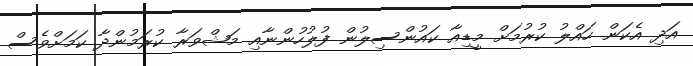
އަދި އެކަން ހައްލު ކުރުމަށް މީޑިއާ ކައުންސިލުން ފުލުހުންނާއި މަޝްވަރާ ކުރަމުންދާ ކަމަށްވެސް